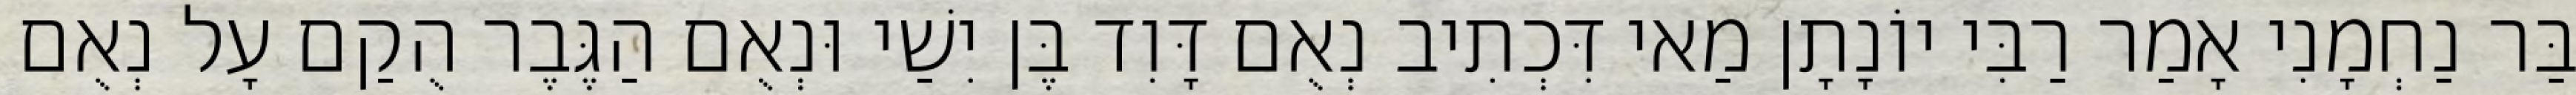
בַּר נַחְמָנִי אָמַר רַבִּי יוֹנָתָן מַאי דִּכְתִיב נְאֻם דָּוִד בֶּן יִשַׁי וּנְאֻם הַגֶּבֶר הֻקַם עָל נְאֻם